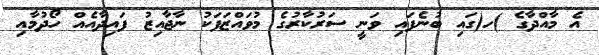
އެ މާއްދާގެ )ހ(ގައި ބުނެފައި ވަނީ ސަރުކާރުގެ މުވައްޒަފަކު ނާޖާއިޒު ފައިދާއެއް ހޯދުމާއި